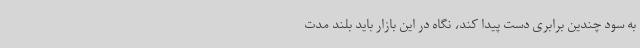
به سود چندین برابری دست پیدا کند، نگاه در این بازار باید بلند مدت